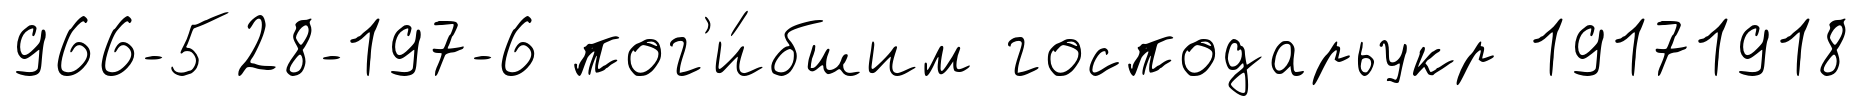
966-528-197-6 пог'и́бшим господарьукр 19171918